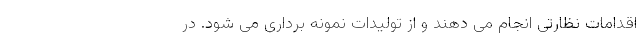
اقدامات نظارتی انجام می دهند و از تولیدات نمونه برداری می شود. در